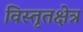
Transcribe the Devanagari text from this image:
विस्तृतक्षेत्र